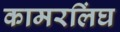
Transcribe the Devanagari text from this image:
कामरलिंघ